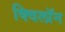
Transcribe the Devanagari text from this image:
क्विलॉन